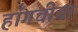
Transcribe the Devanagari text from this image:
हाँगचीचा